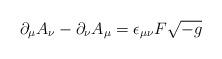
LaTeX: \begin{align*}\partial_{\mu}A_{\nu}-\partial_{\nu}A_{\mu}=\epsilon_{\mu\nu}F\sqrt{-g}\end{align*}